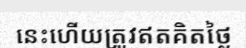
នេះហើយត្រូវឥតគិតថ្លៃ